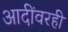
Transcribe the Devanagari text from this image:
आदींवरही